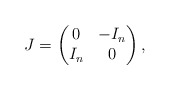
\begin{align*} J= \begin{pmatrix}0 & -I_n \\I_n & 0\end{pmatrix},\end{align*}